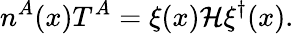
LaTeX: n^{A}(x)T^{A}=\xi(x){\cal H}\xi^{\dagger}(x).